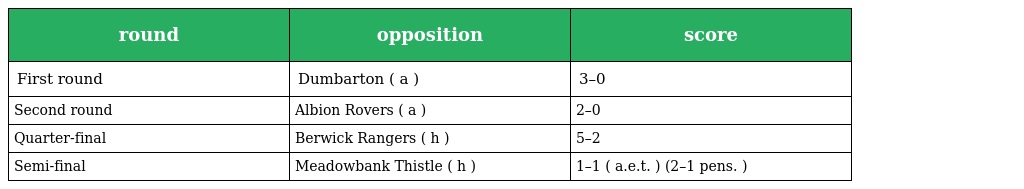
| round | opposition | score |
 | --- | --- | --- |
 | First round | Dumbarton ( a ) | 3–0 |
 | Second round | Albion Rovers ( a ) | 2–0 |
 | Quarter-final | Berwick Rangers ( h ) | 5–2 |
 | Semi-final | Meadowbank Thistle ( h ) | 1–1 ( a.e.t. ) (2–1 pens. ) |